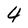
Character: 4